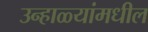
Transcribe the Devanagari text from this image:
उन्हाळ्यांमधील